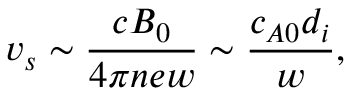
v _ { s } \sim \frac { c B _ { 0 } } { 4 \pi n e w } \sim \frac { c _ { A 0 } d _ { i } } { w } ,